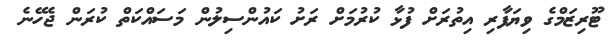
ޓޫރިޒަމްގެ ވިޔަފާރި އިތުރަށް ފުޅާ ކުރުމަށް ރަށު ކައުންސިލުން މަސައްކަތް ކުރަން ޖެހޭނެ